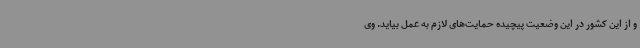
و از این کشور در این وضعیت پیچیده حمایت‌های لازم به عمل بیاید. وی